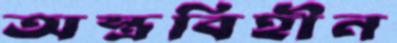
অস্ত্রবিহীন